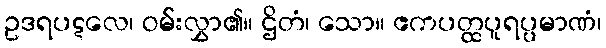
ဥဒရပဋလေ၊ ဝမ်းလွှာ၏။ ဌိတံ၊ သော။ ဧကပတ္ထပူရပ္ပမာဏံ၊